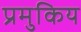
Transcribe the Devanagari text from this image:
प्रमुकिय